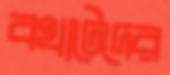
বখাটেদের